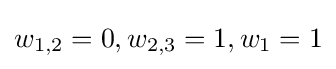
w_{1,2}=0,w_{2,3}=1,w_{1}=1